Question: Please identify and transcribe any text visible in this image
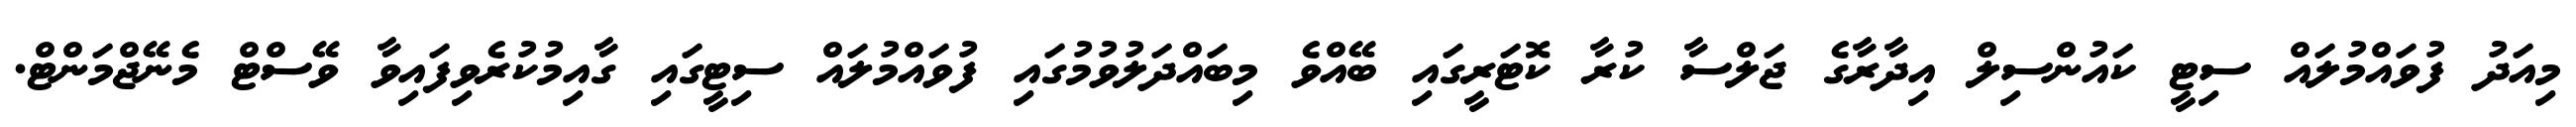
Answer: މިއަދު ފުވައްމުލައް ސިޓީ ކައުންސިލް އިދާރާގެ ޖަލްސާ ކުރާ ކޮޓަރީގައި ބޭއްވެ މިބައްދަލުވުމުގައި ފުވައްމުލައް ސިޓީގައި ގާއިމުކުރެވިފައިވާ ވޭސްޓް މެނޭޖްމަންޓް.